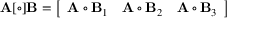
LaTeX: \mathbf { A } [ \circ ] \mathbf { B } = \left[ { \begin{array} { c c c } { \mathbf { A } \circ \mathbf { B } _ { 1 } } & { \mathbf { A } \circ \mathbf { B } _ { 2 } } & { \mathbf { A } \circ \mathbf { B } _ { 3 } } \end{array} } \right]